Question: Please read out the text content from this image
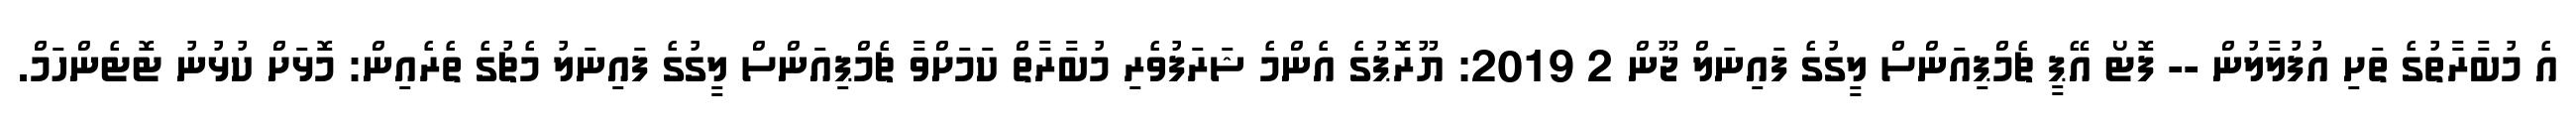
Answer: އެ މުބާރާތުގެ ތަށި އުފުލާލުން -- ފޮޓޯ އޭޕީ ޗެމްޕިއަންސް ލީގުގެ ފައިނަލް ޖޫން 2 2019: ޔޫރޮޕުގެ އެންމެ ޝަރަފުވެރި މުބާރާތް ކަމަށްވާ ޗެމްޕިއަންސް ލީގުގެ ފައިނަލު މެޗުގެ ތެރެއިން: މޮޅަށް ކުޅުނު ޓޮޓެންހަމް.